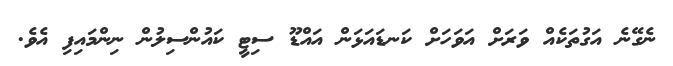
ނެގޭނެ އަގުތަކެއް ވަރަށް އަވަހަށް ކަނޑައަޅަން އައްޑޫ ސިޓީ ކައުންސިލުން ނިންމައިފި އެވެ.